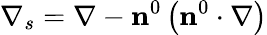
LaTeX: \nabla_{s}=\nabla-{\mathbf n}^{0}\left({\mathbf n}^{0}\cdot\nabla\right)